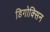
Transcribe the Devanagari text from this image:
डिगोक्सिन